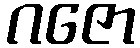
ဂဇော